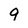
Character: 9